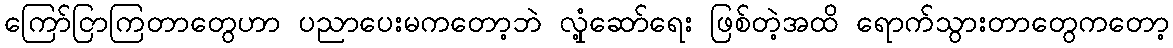
ကြော်ငြာကြတာတွေဟာ ပညာပေးမကတော့ဘဲ လှုံ့ဆော်ရေး ဖြစ်တဲ့အထိ ရောက်သွားတာတွေကတော့